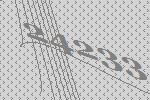
24233